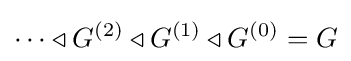
\cdots \triangleleft G^{(2)}\triangleleft G^{(1)}\triangleleft G^{(0)}=G